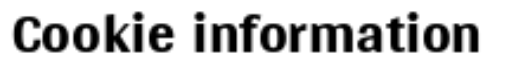
Cookie information